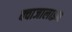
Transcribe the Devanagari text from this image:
क्वाजालाइन